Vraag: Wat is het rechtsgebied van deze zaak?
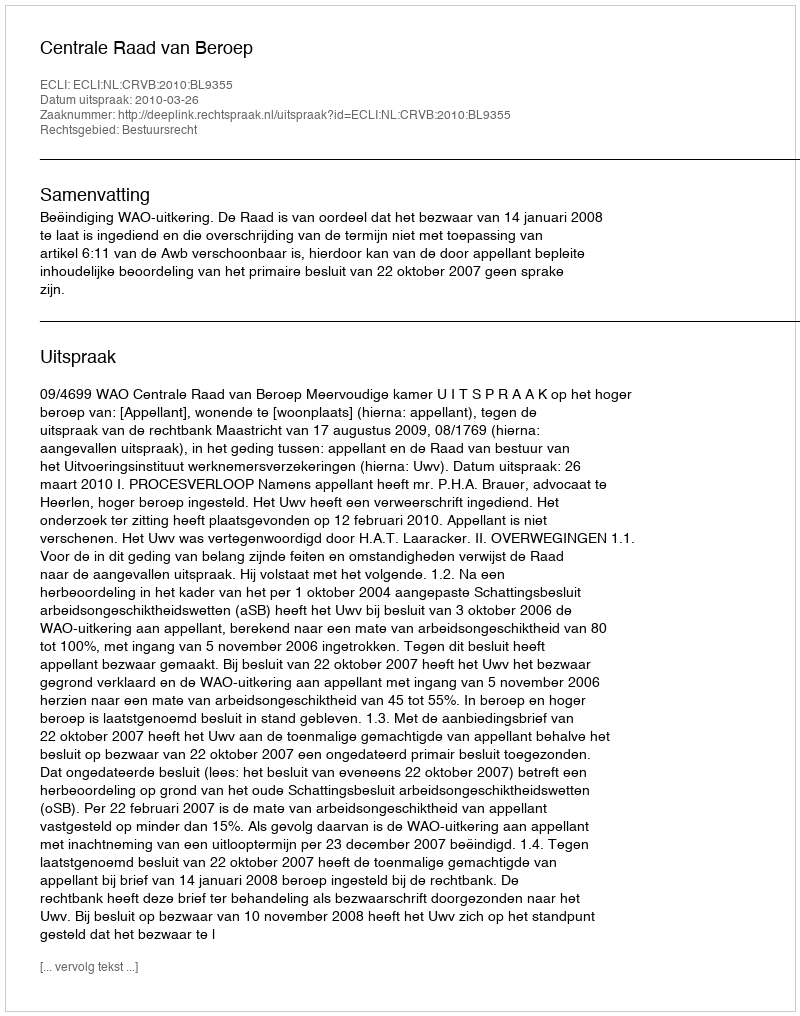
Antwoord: Bestuursrecht